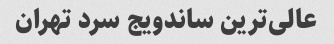
عالی‌ترین ساندویج سرد تهران